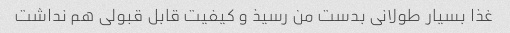
غذا بسیار طولانی بدست من رسیذ و کیفیت قابل قبولی هم نداشت